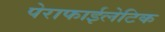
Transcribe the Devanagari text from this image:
पेराफाईलेटिक